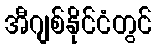
အီဂျစ်နိုင်ငံတွင်